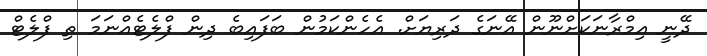
ދޭނީ އިމްރާނަކަށްނޫން އޭނަގެ ދަރިޔަށް. އެހެންކަމުން ބަފައިބެ ދިން ފްލެޓެއްނަމަ ތި ފްލެޓް